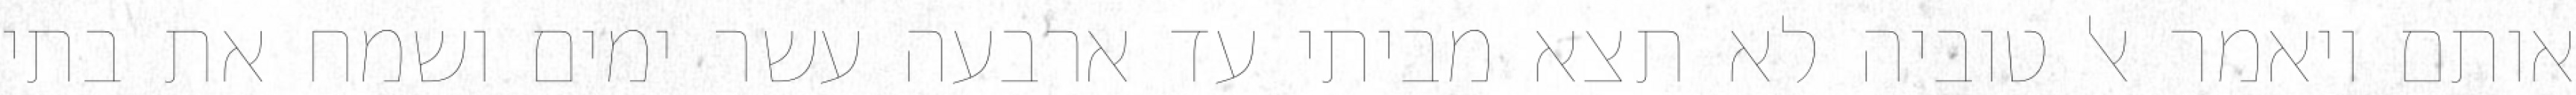
אותם ויאמר אל טוביה לא תצא מביתי עד ארבעה עשר ימים ושמח את בתי